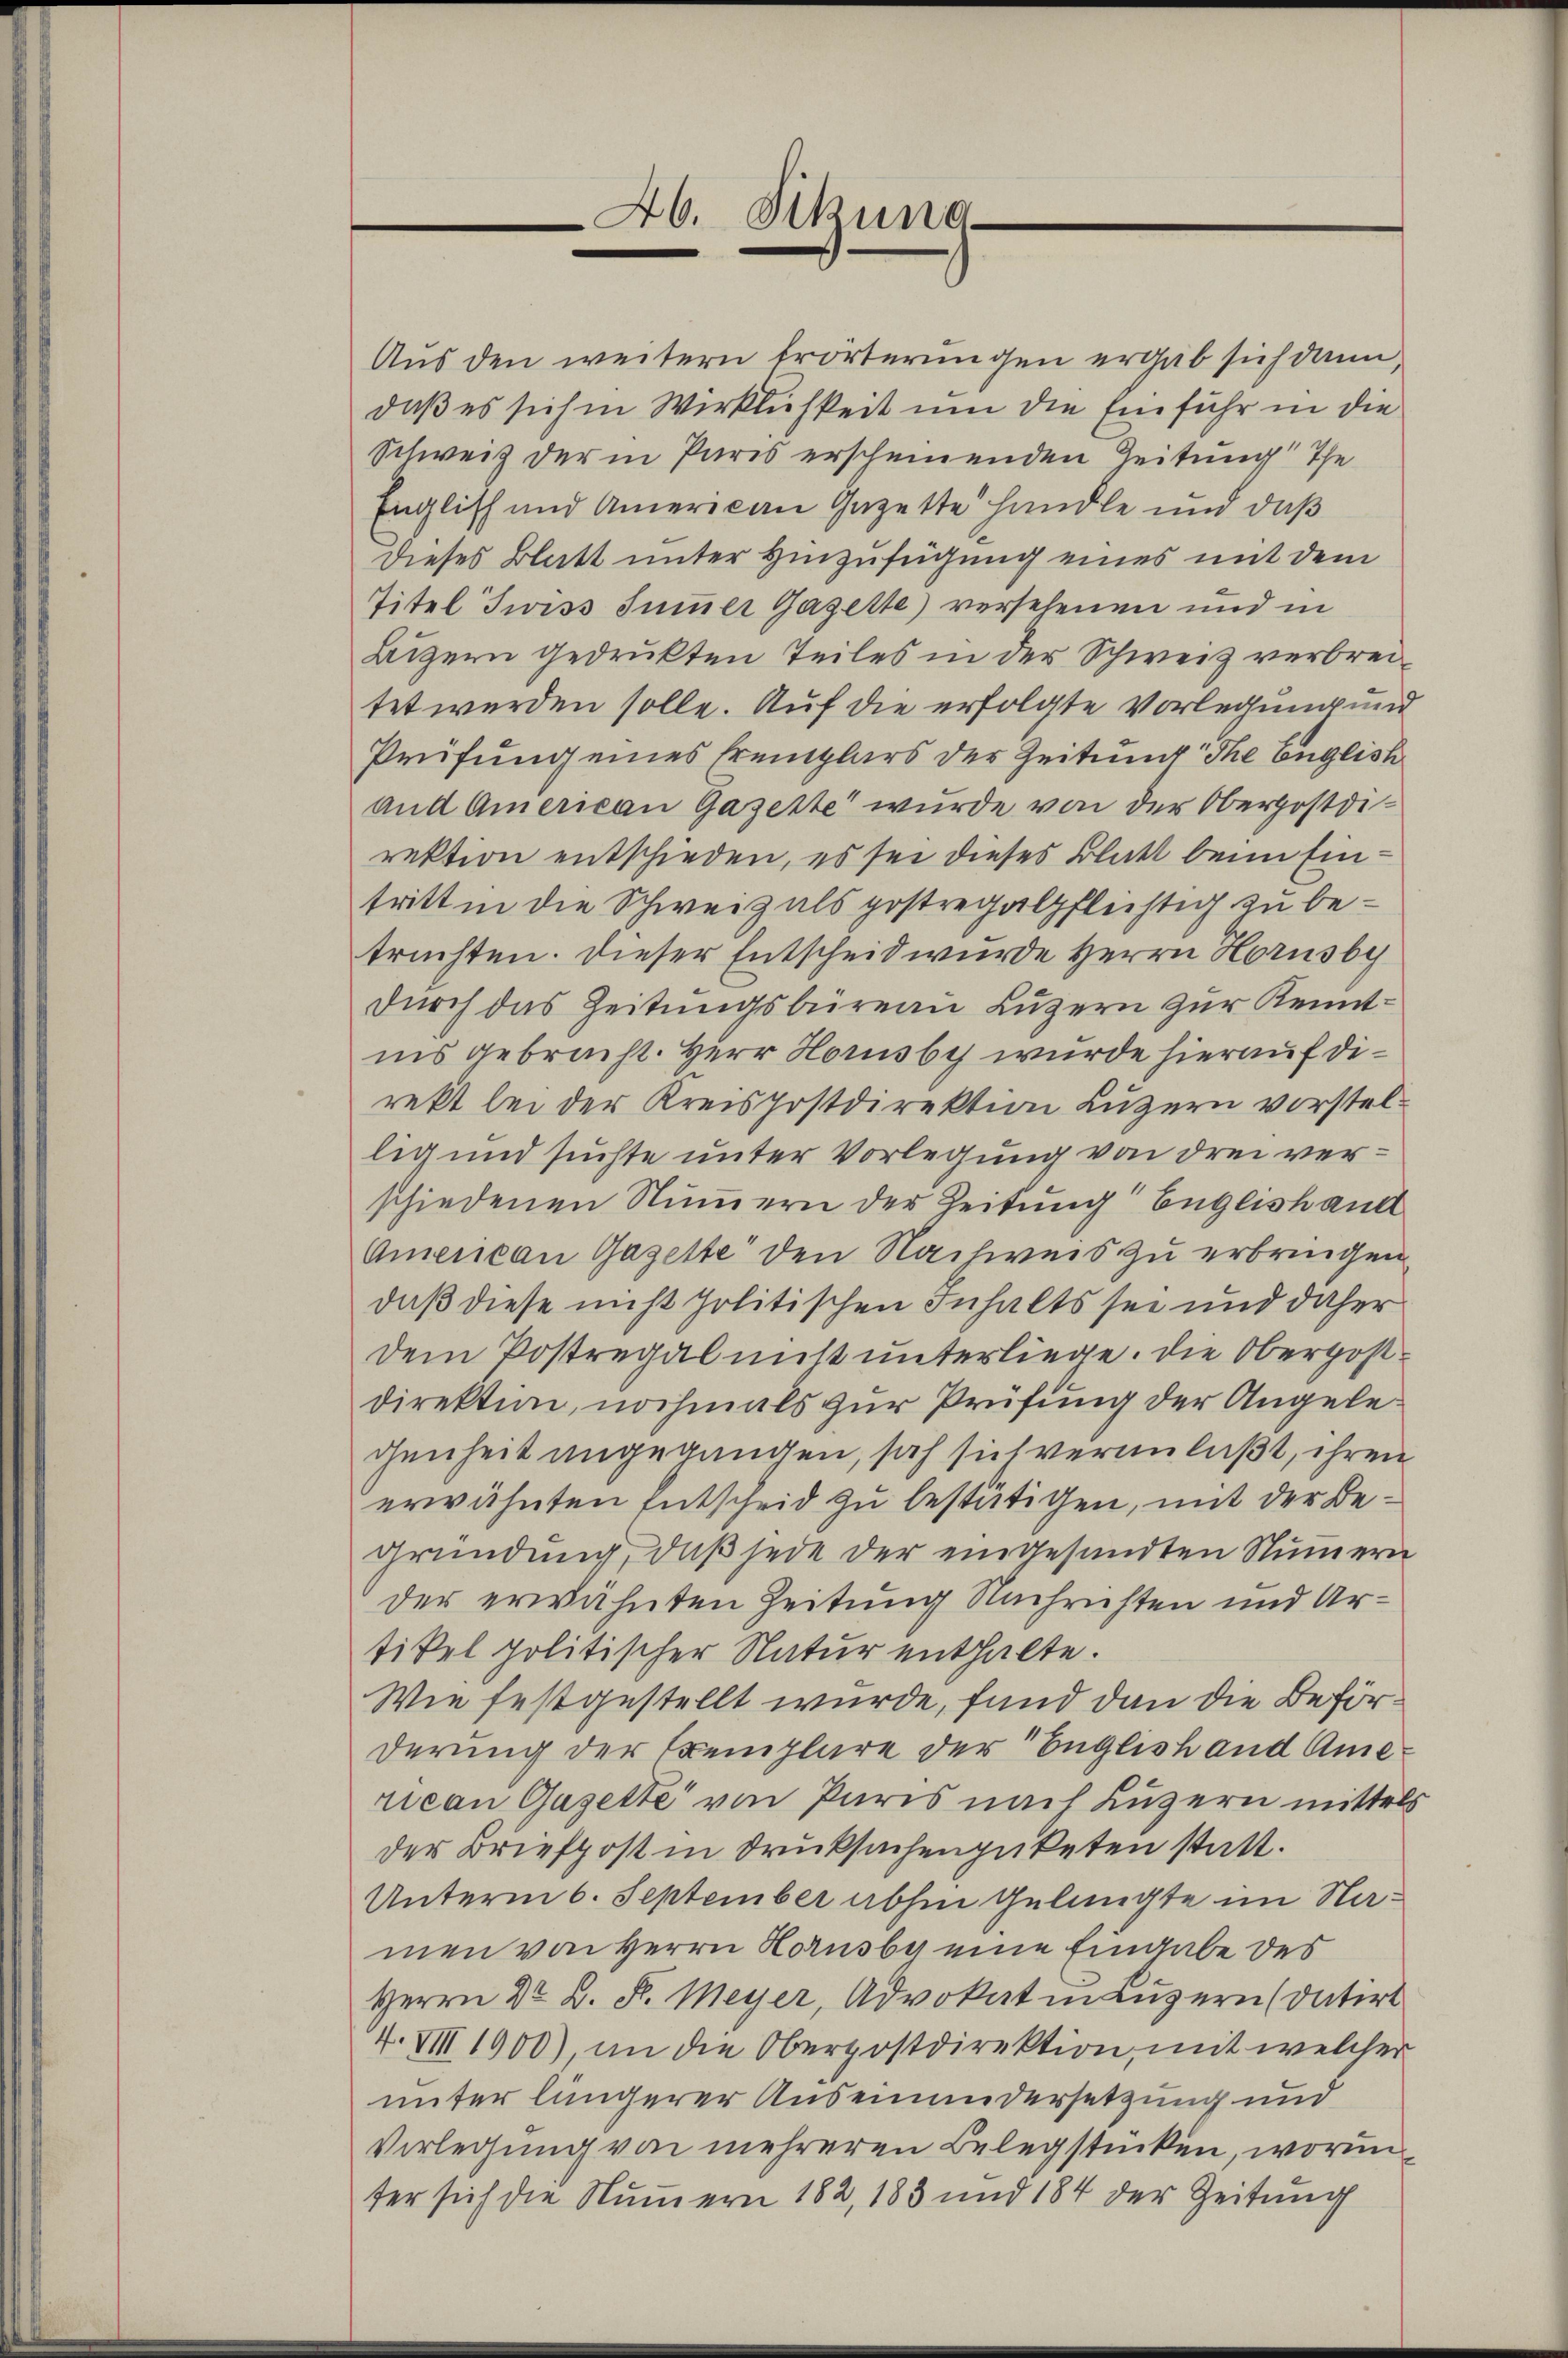
46. Sitzung

Aus den weitern Erörterungen ergab sich dann,
daß es sich in Wirklichkeit um die Einfuhr in die
Schweiz der in Paris erscheinenden Zeitung The
Englisch und American Gazette handle und daß
dieses Blatt unter Hinzufügung eines mit dem
Titel Twiss Summer Gazette) versehenen und in
Bigern gedrukten Teiles in der Schweiz verbreitet werden solle. Auf die erfolgte Vorlegung und
Prüfung eines Eremplars der Zeitung The English
und American Gazette wurde von der Oberpostdirektion entschieden, es sei dieses Blatt beim Eintritt in die Schweiz als postregalpflichtig zu betrachten. Dieser Entscheid wurde Herrn Hornsby
durch das Zeitungsbüreau Luzern zur Kenntins gebracht. Herr Horusby wurde hierauf direkt bei der Kreispostdirektion Luzern vorstellig und suchte unter Vorlegung von drei verschiedenen Nummern der Zeitung Englishand
Amencan Gazette den Nachweis zu erbringen
daß diese nicht politischen Inhalts sei und daher
dem Postregal mit unterliege. Die Obergostdirektion, nochmals zur Prüfung der Angele
genheit angegangen, sah sich veranlaßt, ihren
erwähnten Entscheid zu bestätigen, mit der Be¬
Gründung, daß jede der eingesandten Nummern
der erwähnten Zeitung Nachrichten und Artikel politischer Natur enthalte.
Wie festgestellt wurde, fand dann die Beförderung der Exemplare der Englisch und American Gasette von Paris nach Luzern mittels
der Briefpost in Drucksachengüteten statt.
Unterm 6. September abhin gelangte im Namen von Herrn Hornsbar eine Eingabe des
Herrn Dr. K. K. Meyer, Advokatmäuzern (datirt
4. VIII 1900) an die Oberpostdirektion, mit welcher
unter längerer Auseinandersetzung und
Verlegung von mehreren Belegstücken, worin
ter sich die Nummern 182, 183 und 184 der Zeitung